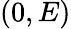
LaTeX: (0,E)